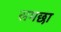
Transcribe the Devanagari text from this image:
समछा